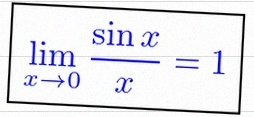
\lim_{x\to0}\frac{\sin x}{x}=1